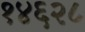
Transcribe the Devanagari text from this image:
१४६२८